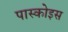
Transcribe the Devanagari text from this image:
पास्कोइस